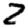
Digit: 2